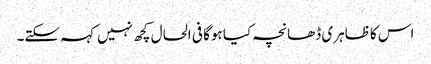
اس کا ظاہری ڈھانچہ کیا ہوگا فی الحال کچھ نہیں کہہ سکتے۔